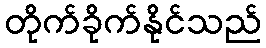
တိုက်ခိုက်နိုင်သည်